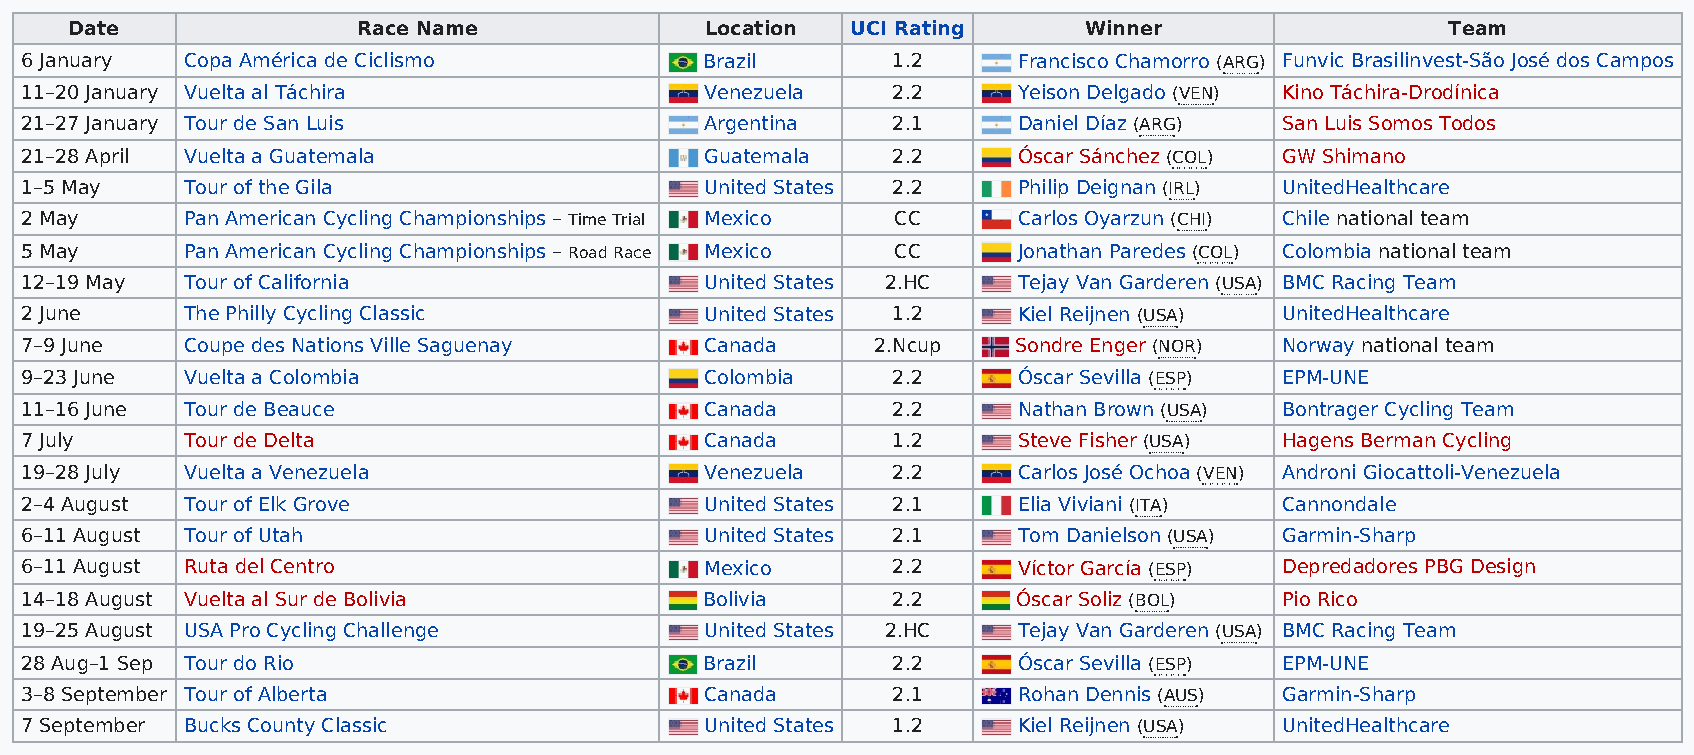
Date               Race Name              Location UCI Rating      Winner                  Team
 6 January  Copa América de Ciclismo           Brazil      1.2     Francisco Chamorro (ARG) Funvic Brasilinvest-São José dos Campos
 11–20 January Vuelta al Táchira               Venezuela   2.2     Yeison Delgado (VEN) Kino Táchira-Drodínica
 21–27 January Tour de San Luis                Argentina   2.1     Daniel Díaz (ARG) San Luis Somos Todos
 21–28 April Vuelta a Guatemala                Guatemala   2.2     Óscar Sánchez (COL) GW Shimano
 1–5 May    Tour of the Gila                   United States 2.2   Philip Deignan (IRL) UnitedHealthcare
 2 May      Pan American Cycling Championships – Time Trial Mexico CC Carlos Oyarzun (CHI) Chile national team
 5 May      Pan American Cycling Championships – Road Race Mexico CC Jonathan Paredes (COL) Colombia national team
 12–19 May  Tour of California                 United States 2.HC  Tejay Van Garderen (USA) BMC Racing Team
 2 June     The Philly Cycling Classic         United States 1.2   Kiel Reijnen (USA) UnitedHealthcare
 7–9 June   Coupe des Nations Ville Saguenay   Canada     2.Ncup   Sondre Enger (NOR) Norway national team
 9–23 June  Vuelta a Colombia                  Colombia    2.2     Óscar Sevilla (ESP) EPM-UNE
 11–16 June Tour de Beauce                     Canada      2.2     Nathan Brown (USA) Bontrager Cycling Team
 7 July     Tour de Delta                      Canada      1.2     Steve Fisher (USA) Hagens Berman Cycling
 19–28 July Vuelta a Venezuela                 Venezuela   2.2     Carlos José Ochoa (VEN) Androni Giocattoli-Venezuela
 2–4 August Tour of Elk Grove                  United States 2.1   Elia Viviani (ITA) Cannondale
 6–11 August Tour of Utah                      United States 2.1   Tom Danielson (USA) Garmin-Sharp
 6–11 August Ruta del Centro                   Mexico      2.2     Víctor García (ESP) Depredadores PBG Design
 14–18 August Vuelta al Sur de Bolivia         Bolivia     2.2     Óscar Soliz (BOL) Pio Rico
 19–25 August USA Pro Cycling Challenge        United States 2.HC  Tejay Van Garderen (USA) BMC Racing Team
 28 Aug–1 Sep Tour do Rio                      Brazil      2.2     Óscar Sevilla (ESP) EPM-UNE
 3–8 September Tour of Alberta                 Canada      2.1     Rohan Dennis (AUS) Garmin-Sharp
 7 September Bucks County Classic              United States 1.2   Kiel Reijnen (USA) UnitedHealthcare